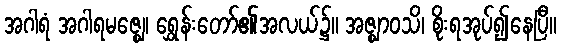
အဂါရံ အဂါရမဇ္ဈေ၊ ရွှေန်းတော်၏အလယ်၌။ အဇ္ဈာဝသိ၊ စိုးရအုပ်၍နေပြီ။